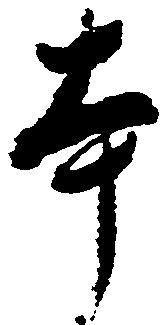
本